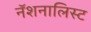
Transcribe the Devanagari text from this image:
नॅशनालिस्ट